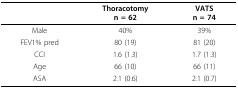
|  | Thoracotomyn = 62 | VATSn = 74 |
 | --- | --- | --- |
 | Male | 40% | 39% |
 | FEV1% pred | 80 (19) | 81 (20) |
 | CCI | 1.6 (1.3) | 1.7 (1.3) |
 | Age | 66 (10) | 66 (11) |
 | ASA | 2.1 (0.6) | 2.1 (0.7) |